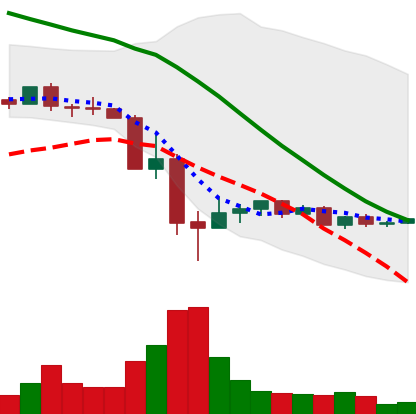
Ticker: DOGE-USD
Chart end date: 2022-05-22
Forward return: -5.54%
Label: down_5_7